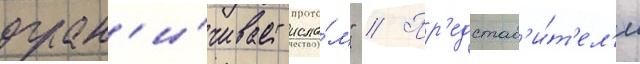
огран'и́чивает исла́м" // Пр'едстав'и́т'ел'и